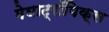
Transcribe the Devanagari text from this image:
मेघाट्रॉपिक्स